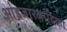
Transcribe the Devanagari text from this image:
आंडजारजादिका